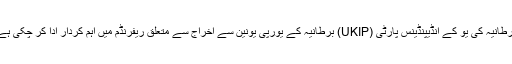
برطانیہ کی یُو کے انڈیپنڈینس پارٹی (UKIP) برطانیہ کے یورپی یونین سے اخراج سے متعلق ریفرنڈم میں اہم کردار ادا کر چکی ہے۔